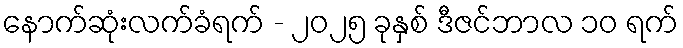
နောက်ဆုံးလက်ခံရက် - ၂၀၂၅ ခုနှစ် ဒီဇင်ဘာလ ၁၀ ရက်